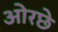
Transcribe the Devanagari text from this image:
ओरछे